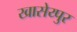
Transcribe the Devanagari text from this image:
खासेय्पुर